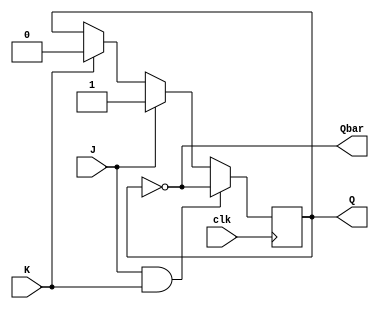
module jk_flipflop (
    input wire clk,
    input wire J,
    input wire K,
    output reg Q,
    output reg Qbar
);

// Always block for flip-flop behavior
always @(posedge clk) begin
    if (J & K) begin
        Q <= ~Q;
    end else if (J) begin
        Q <= 1;
    end else if (K) begin
        Q <= 0;
    end
end

// Complement output logic
assign Qbar = ~Q;

endmodule